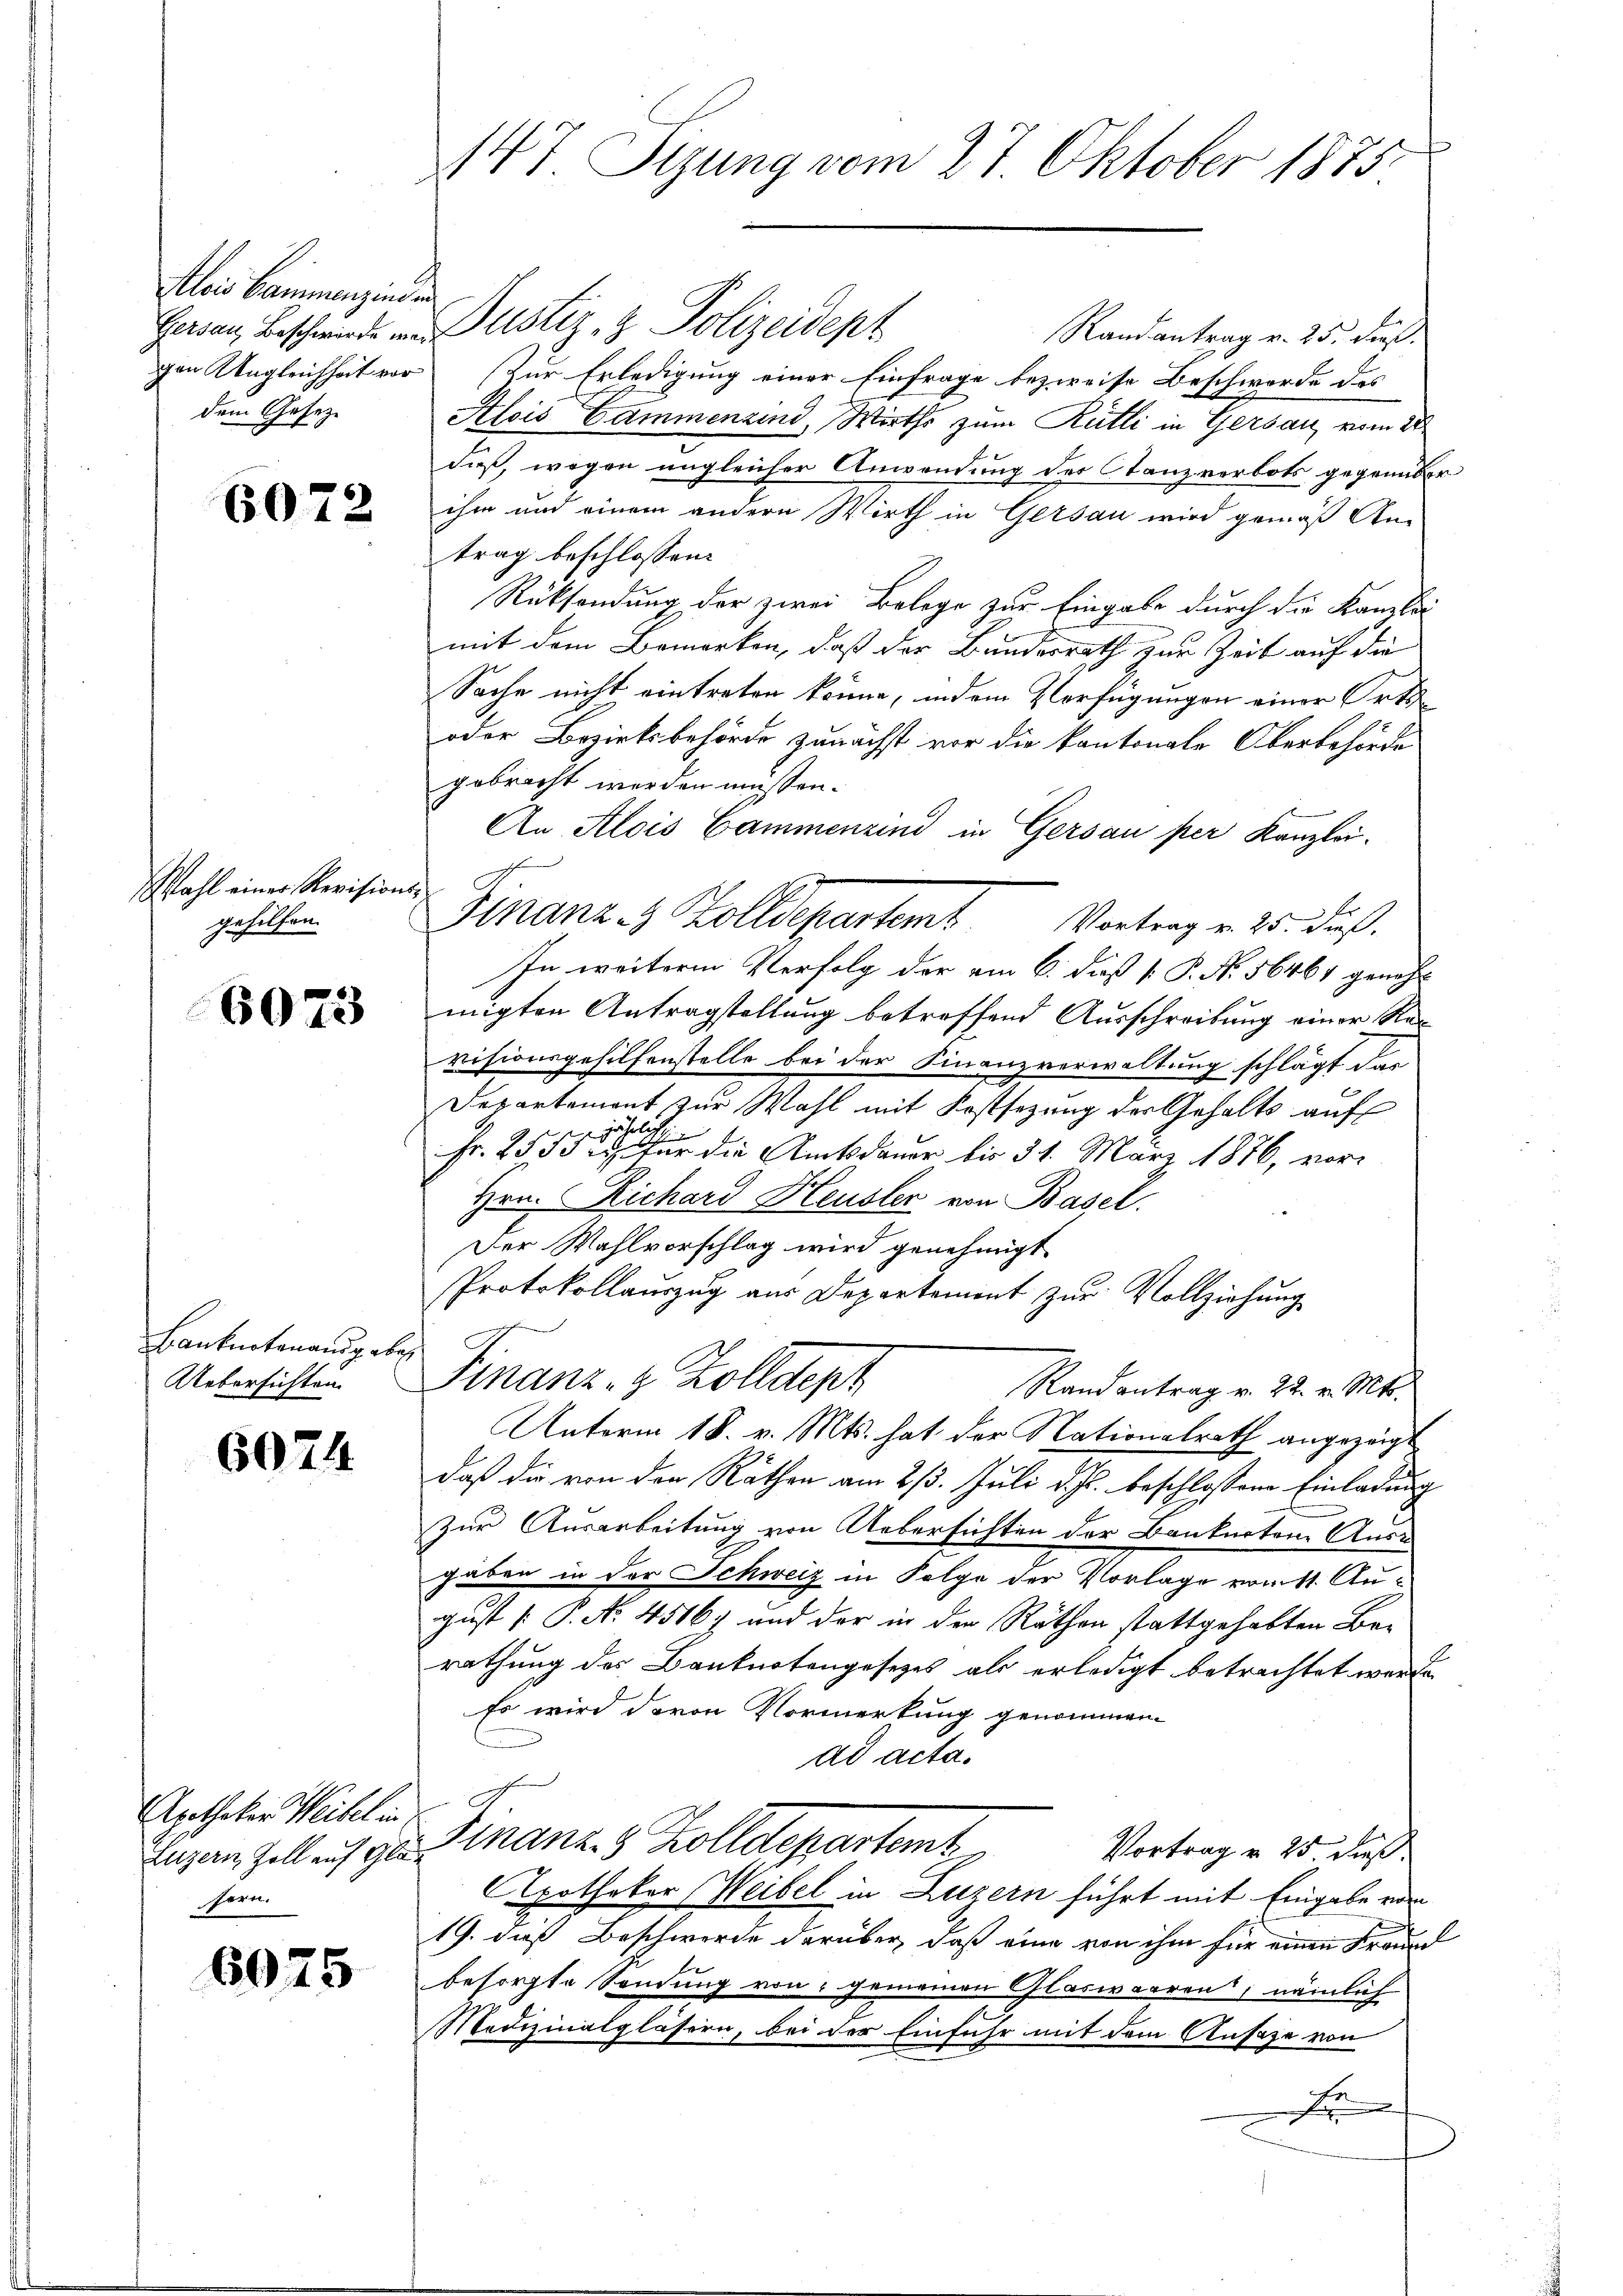
Alois Hammenzinden
dem Gesetz¬

6072

Wahl einer Revisions-
gehilfen.

6073

Banknotenang aber
Uebersichten

6074

Apotheker Weibel in
sern.

6975

147 Sizung vom 27 Oktober 1875.

Herden Beschwinde in Dustiz- & Polizeidept
Randantrag v. 25. dieß.
gen Ungleichheit vor Zur Erledigung einer Einfrage bezweife Beschworde des
Alois Gammenzind, Wirths zum Rütli in Gersau, vom 28
daß, wegen ungleicher Anwendung der Tanzverbots gegenüber
ihm und einem andern Wirth in Gersau wird gemäß An-
trag beschlossen:
Rücksendung der zwei Belege zur Eingabe durch die Kanzlei
mit dem Bemerken, daß der Bundesrath zur Zeit auf die
Sache nicht eintreten könne, indem Verfügungen einer Orts
oder Bezirksbehörde zunächst vor die kantonale Oberbehörde
gebracht werden müssen.
An Alois Cammenzind in Gersau per Kanzlei-
Finanz- & Zolldepartemb. Vortrag v. 25. dieß.
In weitere Verfolg der am 6. dieß [ P. N. 56464 genehmigten Antragstellung betreffend Ausschreibung einer Revisionsgehilfenstelle bei der Finanzverwaltung schlägt dar
Departemont zur Wahl mit Festsezung der Gehalts auf
 jährliche
Fr. 2550 für die Amtsdauer bis 31. März 1876, vor¬
Hrn. Richard Heusler von Basel.
Der Wahlvorschlag wird genehmigt.
Protokollauszug aus Departement zur Vollziehung
Finanz- & Zolldeph
Randantrag v. 22. v. Mts.
Unterm 18. v. Mts. hat der Nationalrath angezeigt
daß die von den Räthen am 2/3. Juli d. Js. beschlossene Einladung
Zur Ausarbeitung von Uebersichten der Banknotene Ausgäben in der Schweiz in Folge der Vorlage vom 11. August [ P. No. 4516) und der in der Räthen stattgehabten Berathung des Banknotengesezes als erledigt betrachtet werde.
Es wird davon Vormerkung genommen.
ad acta.
Lizen Zoll auf der Finanz.  Kolldepartemt
Vortrag v. 25 dieß.
Apotheker Weibel in Luzern führt mit Eingabe vor
19. dieß Beschwerde darüber, daß eine von ihm für einen Freund
besorgte Sendung von gemeinen Glaswaaren, nämlich
Medizinalglasern, bei der Einfuhr mit dem Ansage von
F
c